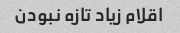
اقلام زیاد تازه نبودن